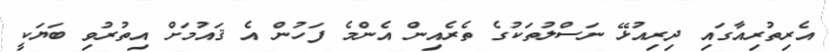
އެރިތުރިއާގައި ދިރިއުޅޭ ނަސްލުތަކުގެ ތެރެއިން އެންމެ ފަހުން އެ ޤައުމަށް އިތުރުވި ބަޔަކީ